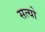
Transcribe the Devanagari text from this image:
सत्यो